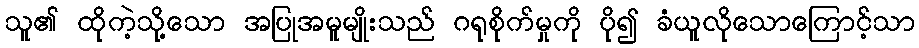
သူ၏ ထိုကဲ့သို့သော အပြုအမူမျိုးသည် ဂရုစိုက်မှုကို ပို၍ ခံယူလိုသောကြောင့်သာ